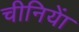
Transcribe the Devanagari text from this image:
चीनियाें